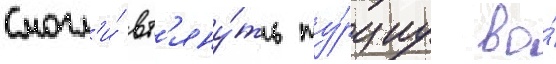
смогл'и́ вт'яну́ть ту́рциу во́